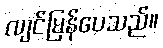
လျင်မြန်ပေသည်။